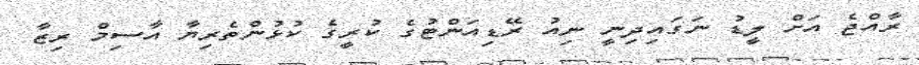
ރާއްޖެ އަށް ލީޑު ނަގައިދިނީ ނިއު ރޭޑިއަންޓުގެ ކުރީގެ ކުޅުންތެރިޔާ އާސިމް ރިޒާ